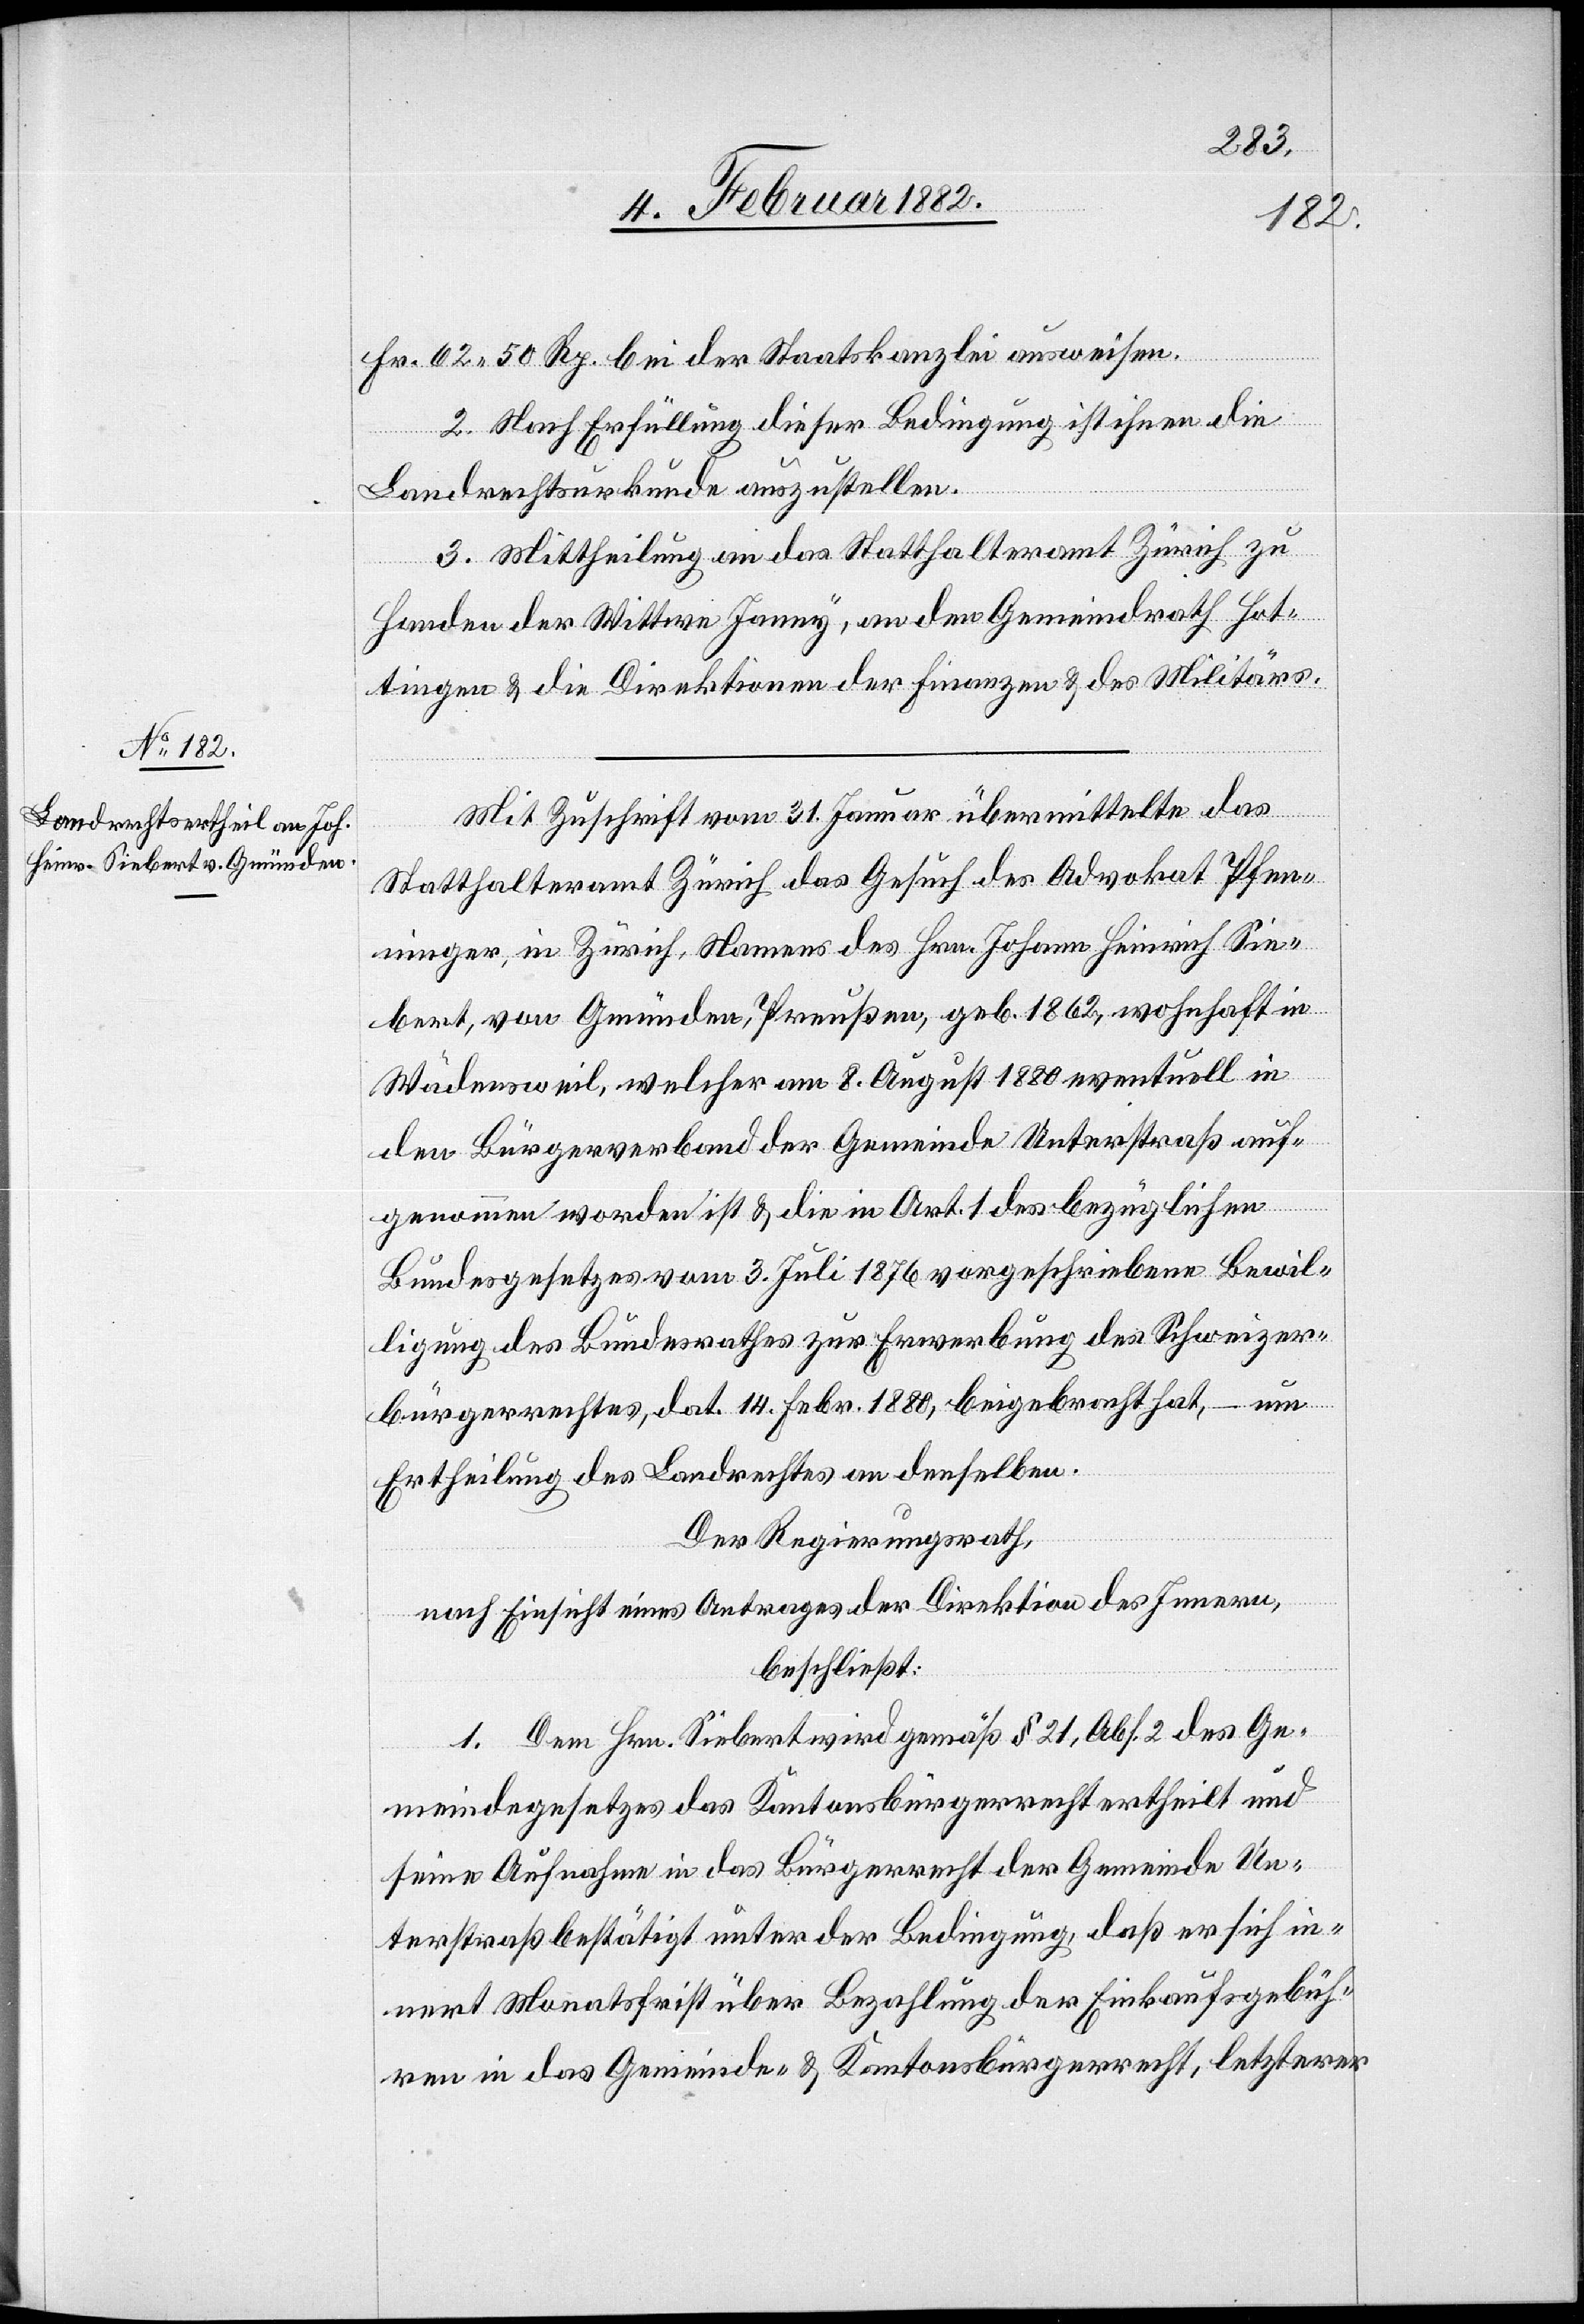
Fr. 62 50 Rp. bei der Staatskanzlei ausweisen.
2. Nach Erfüllung dieser Bedingung ist ihnen die
Landrechtsurkunde auszustellen.
3. Mittheilung an das Statthalteramt Zürich zu
Handen der Wittwe Janny, an den Gemeindrath Hot¬
tingen & die Direktion der Finanzen & des Militärs.
Mit Zuschrift vom 31. Januar übermittelte das
Statthalteramt Zürich das Gesuch des Advokat Pfen¬
ninger, in Zürich, Namens des Hrn. Johann Heinrich Sie¬
bert, von Gmünden, Preußen, geb. 1862, wohnhaft in
Wädensweil, welcher am 8. August 1880 eventuell in
den Bürgerverband der Gemeinde Unterstraß auf¬
genommen worden ist & die in Art. 1 des bezüglichen
Bundesgesetzes vom 3. Juli 1876 vorgeschriebene Bewil¬
ligung des Bundesrathes zur Erwerbung des Schweizer¬
bürgerrechtes, dat. 14. Febr. 1880, beigebracht hat, – um
Ertheilung des Landrechtes an denselben.
Der Regierungsrath,
nach Einsicht eines Antrages der Direktion des Innern,
beschließt:
1. Dem Hrn. Siebert wird gemäß § 21. Abs. 2 des Ge¬
meindegesetzes das Kantonsbürgerrecht ertheilt und
seine Aufnahme in das Bürgerrecht der Gemeinde Un¬
terstraß bestätigt unter der Bedingung, daß er sich in¬
nert Monatsfrist über Bezahlung der Einkaufsgebüh¬
ren in das Gemeinde- & Kantonsbürgerrecht, letzterer